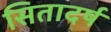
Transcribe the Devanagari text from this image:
सितादर्ष